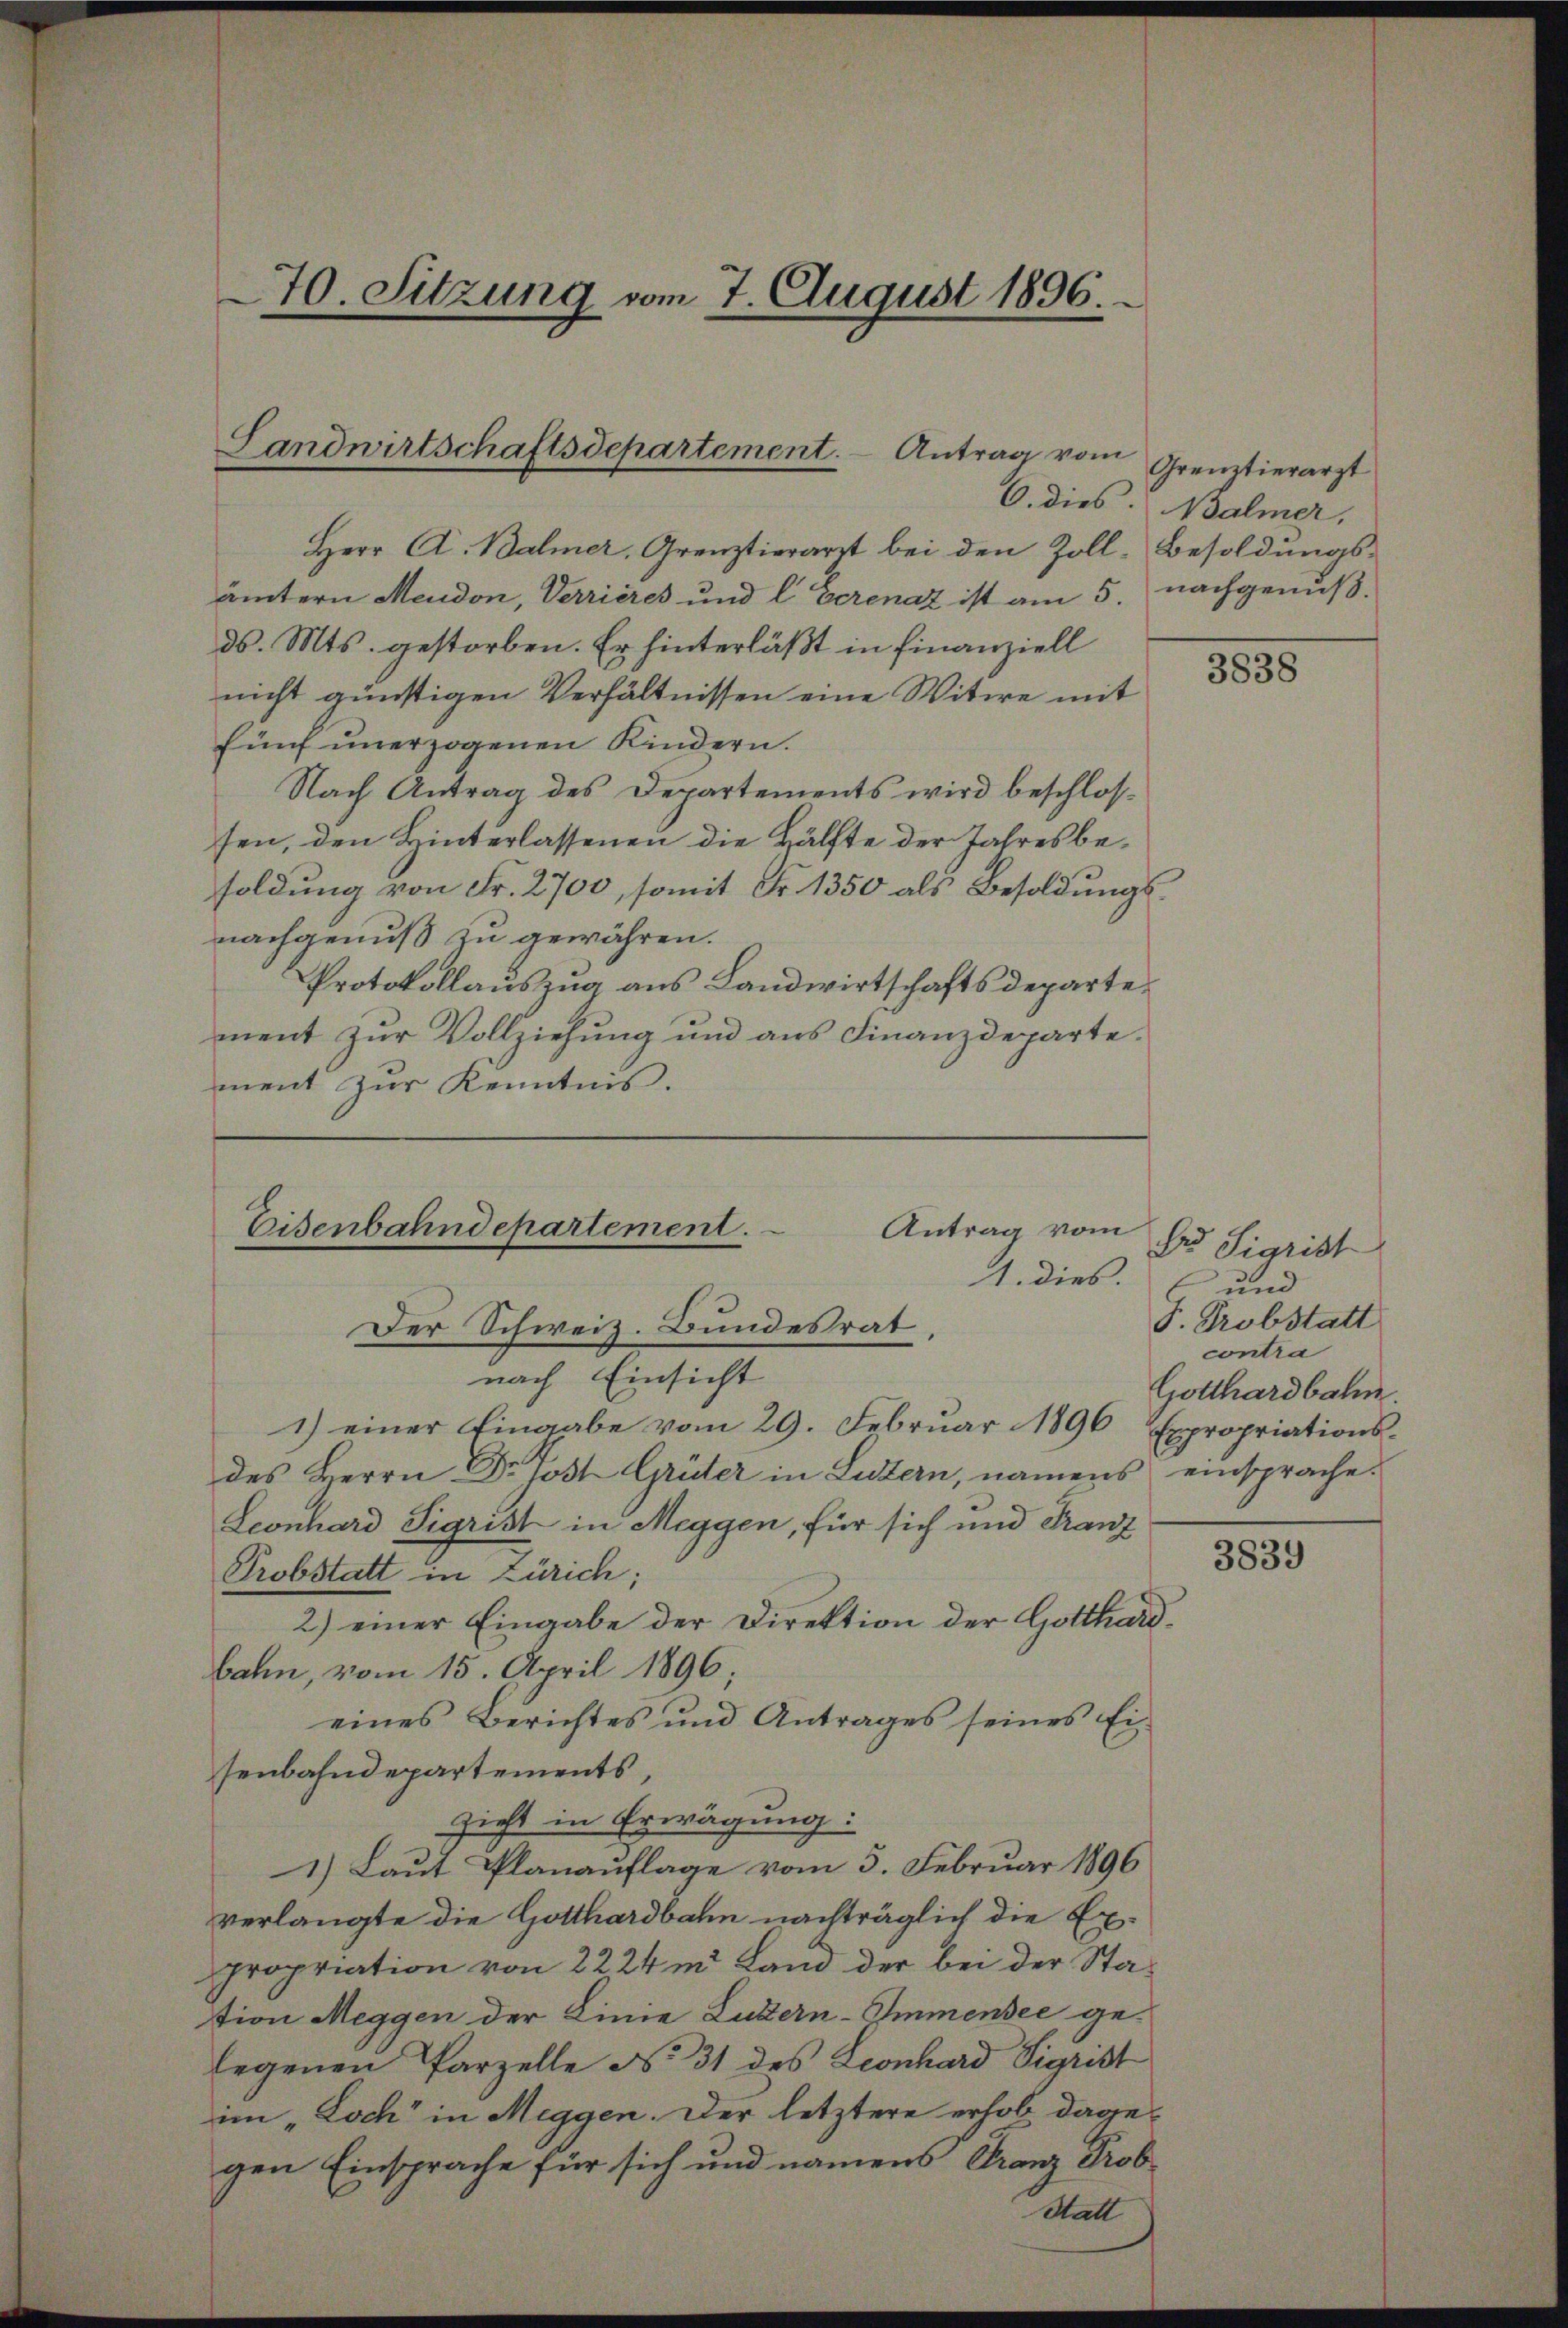
70. Sitzung vom 7. August 1896.

Landwirtschaftsdepartement. Antrag vom

Herr A. Balmer, Grenztierarzt bei den Zoll-Besoldungsämtern Meudon, Verrieres und l. Eerenaz ist am 5. nachgenußds. Mts. gestorben. Er hinterläßt in Finanziell
nicht günstigen Verhältnissen eine Witwe mit
fünf unerzogenen Kindern.
Nach Antrag des Departements wird beschlossen, den Hinterlassenen die Hälfte der Jahresbesoldŭng von Fr. 2700, somit Fr. 1350 als Besoldŭngs-
nachgenuß zu gewähren.
Protokollauszug aus Landwirtschaftsdepartement zur Vollziehung und aus Finanzdeparte.
ment zur Kenntnis.

Eisenbahndepartement.
Antrag vom
1. dies.
Der Schweiz. Bundesrat

Grenztierarzt
6. dies. Balmer,

nach Einsicht
1) einer Eingabe vom 29. Februar 1896 Expropriationsdes Herrn Dr. Jost Grüter in Luzern, namens einsprache.
Leonhard Sigrist in Meggen, für sich und Franz
Probstatt in Zürich;
2) einer Eingabe der Direktion der Gotthardbahn, vom 15. April 1896;
eines Berichtes und Antrages seines Ei
senbahndepartements,
Zieht in Erwägung:
1.) Laut Planauflage vom 5. Februar 1896
verlangte die Gotthardbahn nachträglich die Expropriation von 2224 m Land der bei der Station Meggen der Linie Luzern-Immensee ge-
Ergenen Parzelle No 31 des Leonhard Sigrist
im „Loch in Meggen. Der letztere erhob dagegen Einsprache für sich und namens Franz Prob¬
Statt

3838

Dr. Sigrist
und
F. Probstatt
contra
Gotthardbahn.

3839